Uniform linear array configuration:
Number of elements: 4
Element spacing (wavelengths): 1
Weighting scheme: hamming
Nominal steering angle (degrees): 15
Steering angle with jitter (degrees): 13.25
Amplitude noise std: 0.05
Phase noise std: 0.05

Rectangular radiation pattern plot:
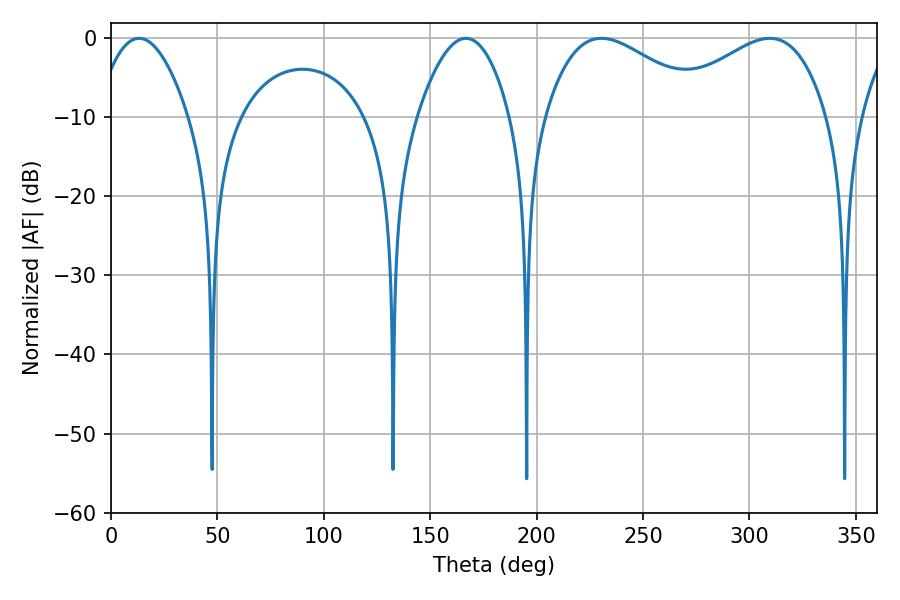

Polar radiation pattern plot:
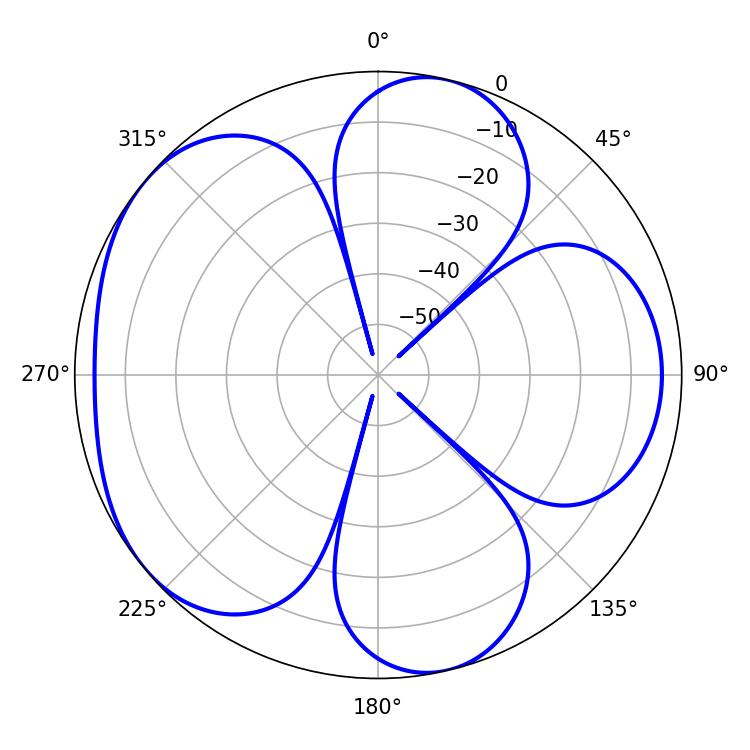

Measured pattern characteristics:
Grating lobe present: TRUE
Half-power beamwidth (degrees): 41.94
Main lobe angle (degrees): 230.4